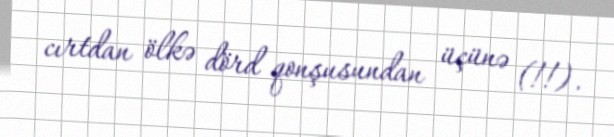
cırtdan ölkə dörd qonşusundan üçünə (!!).